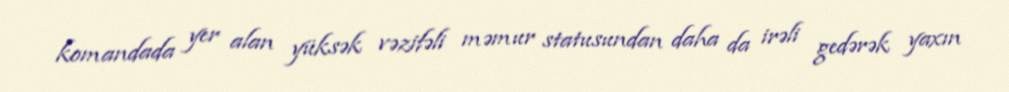
komandada yer alan yüksək vəzifəli məmur statusundan daha da irəli gedərək yaxın